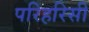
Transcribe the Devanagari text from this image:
परिहरिसी